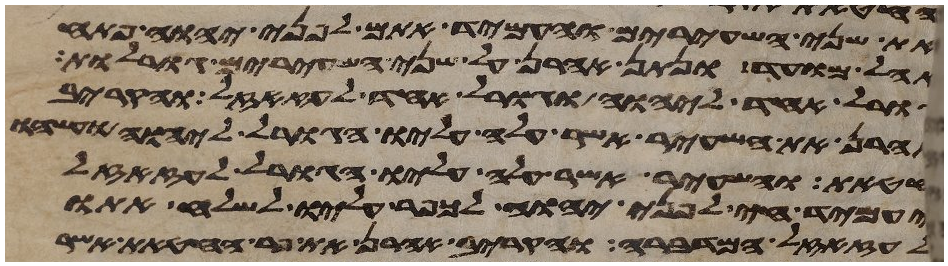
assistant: את שני השעירים והעמיד אתם לפני יהוה פתח
אהל מועד ונתן אהרן על שני השעירים גורלות
גורל אחד ליהוה וגורל אחד לעזזאל והקריב
אהרן את השעיר אשר עלה עליו הגורל ליהוה ועשהו
חטאת והשעיר אשר עלה עליו הגורל לעזזאל
יעמיד חי לפני יהוה לכפר עליו לשלח אתו
לעזזאל המדברה והקריב אהרן את פר החטאת אשר